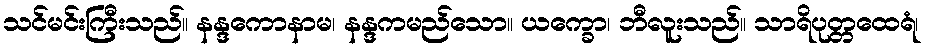
သင်မင်းကြီးသည်။ နန္ဒကောနာမ၊ နန္ဒကမည်သော။ ယက္ခော၊ ဘီလူးသည်။ သာရိပုတ္တထေရံ၊